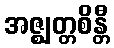
အဇ္ဈတ္တစိန္တီ